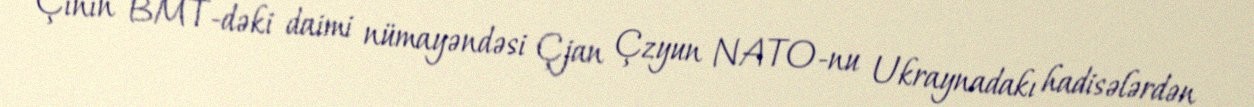
Çinin BMT-dəki daimi nümayəndəsi Çjan Çzyun NATO-nu Ukraynadakı hadisələrdən